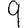
Digit: 9